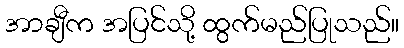
အာချီက အပြင်သို့ ထွက်မည်ပြုသည်။